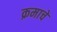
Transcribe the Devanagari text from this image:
क्रमाचे